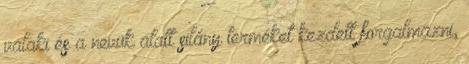
valaki és a nevük alatt silány terméket kezdett forgalmazni,